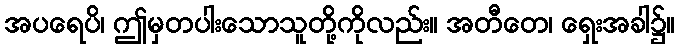
အပရေပိ၊ ဤမှတပါးသောသူတို့ကိုလည်း။ အတီတေ၊ ရှေးအခါ၌။